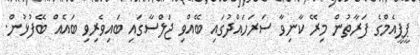
ޕީޕީއެމްގެ ފަރާތުން މިރޭ ކާނިވާ ސަރަހައްދުގައި ބޭއްވި ޖަލްސާގައި ބައިވެރިވި ބައެއް ބޭފުޅުން.